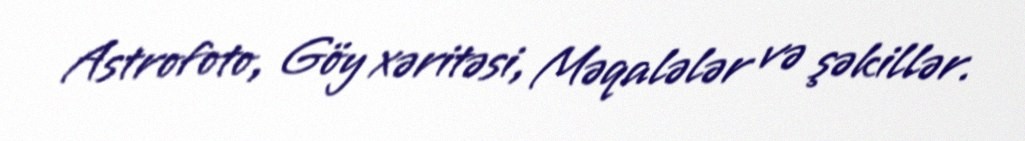
Astrofoto, Göy xəritəsi, Məqalələr və şəkillər.